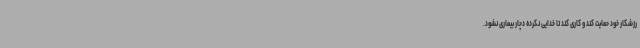
رزشکار خود حمایت کند و کاری کند تا خدایی نکرده دچار بیماری نشود.